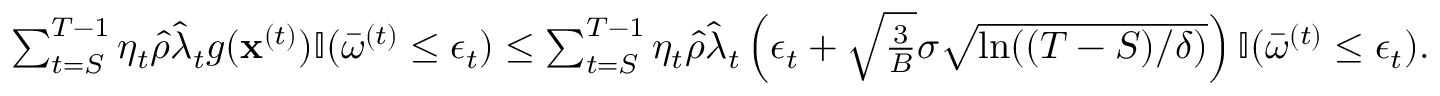
\begin{array} { r } { \sum _ { t = S } ^ { T - 1 } \eta _ { t } \hat { \rho } \widehat \lambda _ { t } g ( { \mathbf x } ^ { ( t ) } ) \mathbb { I } ( \bar { \omega } ^ { ( t ) } \leq \epsilon _ { t } ) \leq \sum _ { t = S } ^ { T - 1 } \eta _ { t } \hat { \rho } \widehat \lambda _ { t } \left( \epsilon _ { t } + \sqrt { \frac { 3 } { B } } \sigma \sqrt { \ln ( ( T - S ) / \delta ) } \right) \mathbb { I } ( \bar { \omega } ^ { ( t ) } \leq \epsilon _ { t } ) . } \end{array}